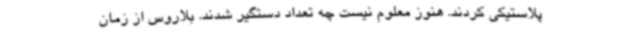
پلاستیکی کردند. هنوز معلوم نیست چه تعداد دستگیر شدند. بلاروس از زمان